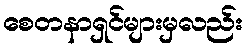
စေတနာရှင်များမှလည်း